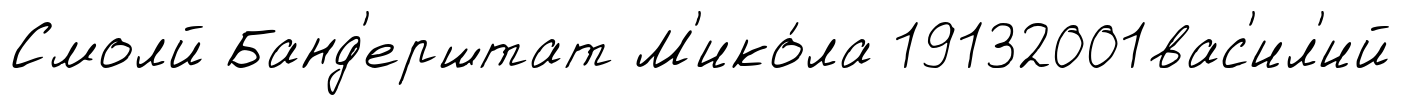
Смолй Банд'ерштат М'ико́ла 19132001вас'ил'ий